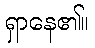
ရှာနေ၏။